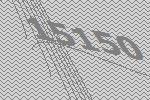
15150